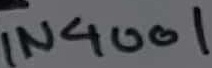
Text: IN4001